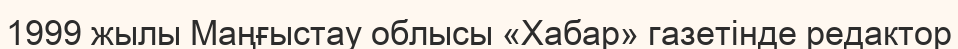
1999 жылы Маңғыстау облысы «Хабар» газетінде редактор